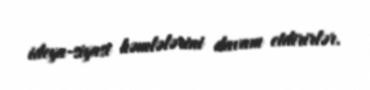
ideya-siyasi həmlələrini davam etdirirlər.